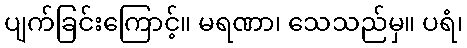
ပျက်ခြင်းကြောင့်။ မရဏာ၊ သေသည်မှ။ ပရံ၊